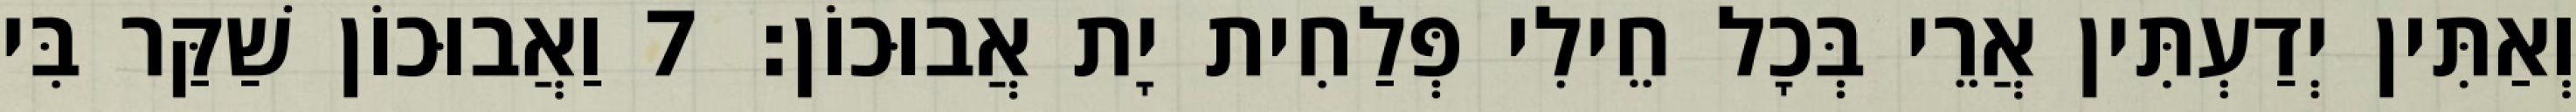
וְאַתִּין יְדַעְתִּין אֲרֵי בְּכָל חֵילִי פְּלַחִית יָת אֲבוּכוֹן׃ 7 וַאֲבוּכוֹן שַׁקַּר בִּי